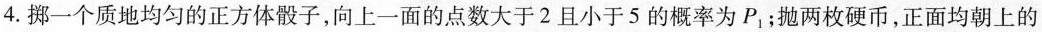
4.掷一个质地均匀的正方体骰子，向上一面的点数大于2且小于5的概率为P_{1}；抛两枚硬币，正面均朝上的